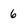
Character: 6